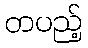
တပည့်